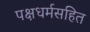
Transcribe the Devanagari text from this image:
पक्षधर्मसहित